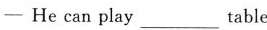
—He can play___table